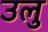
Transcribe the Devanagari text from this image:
उलु